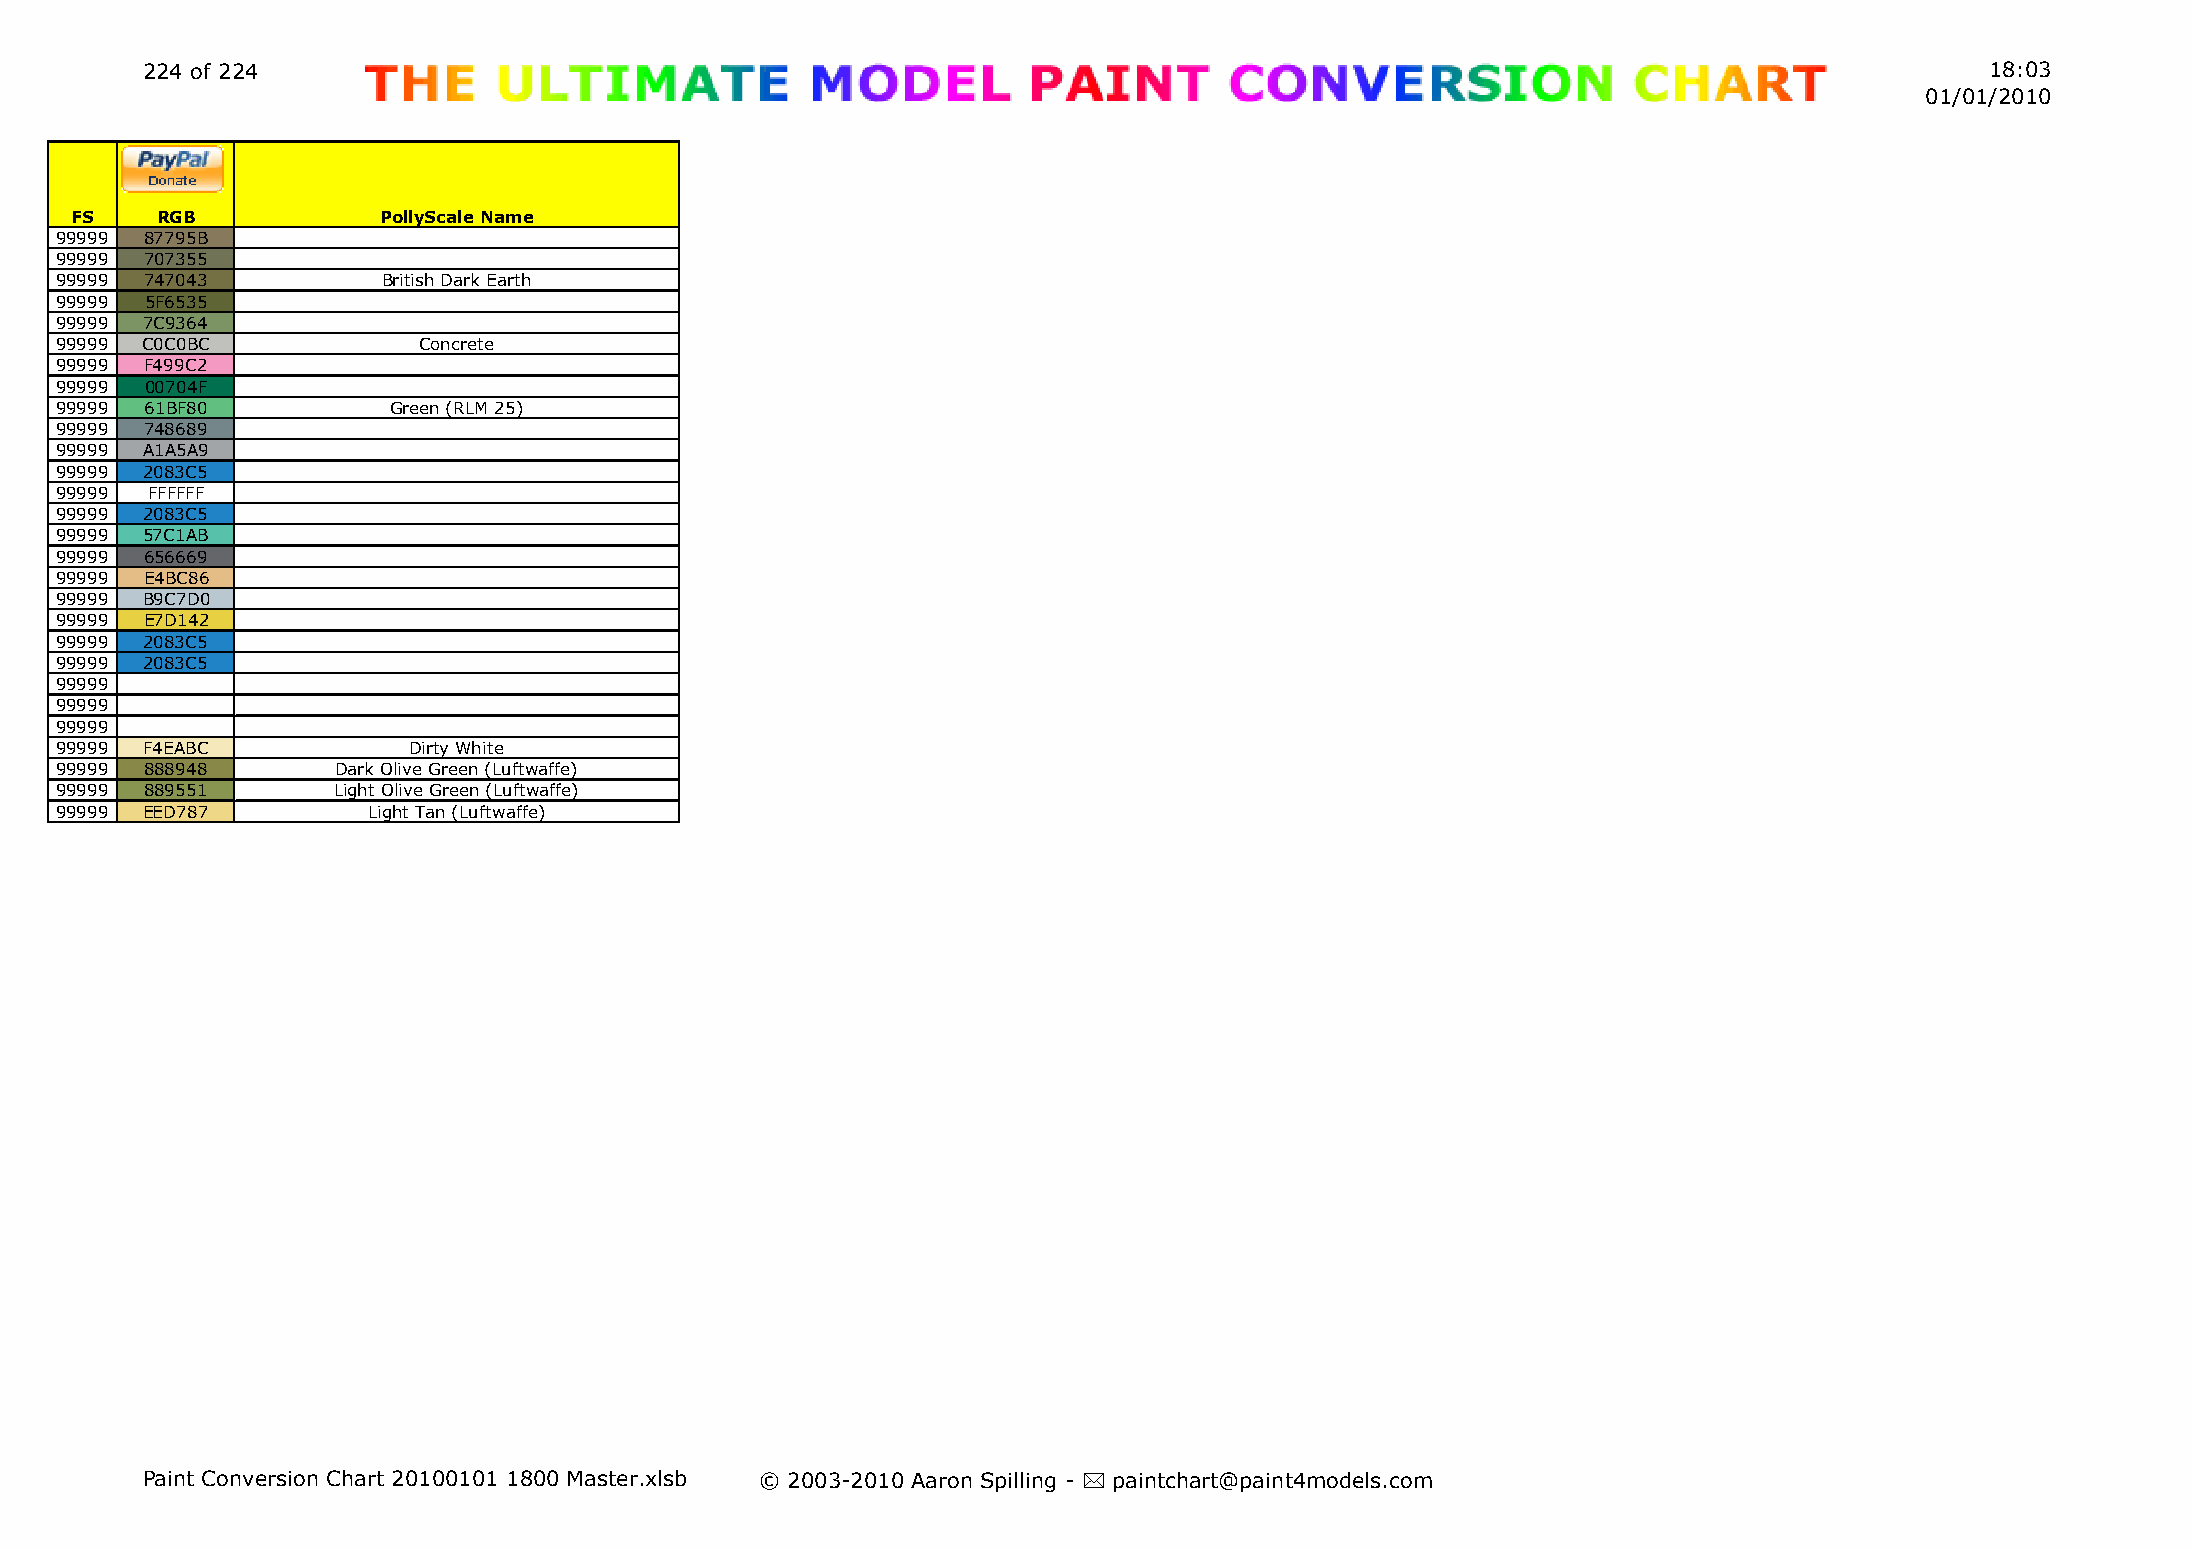
224 of 224                                                                                                                 18:03
 01/01/2010
 FS   RGB            PollyScale Name
 99999 87795B
 99999 707355
 99999 747043         British Dark Earth
 99999 5F6535
 99999 7C9364
 99999 C0C0BC            Concrete
 99999 F499C2
 99999 00704F
 99999 61BF80          Green (RLM 25)
 99999 748689
 99999 A1A5A9
 99999 2083C5
 99999 FFFFFF
 99999 2083C5
 99999 57C1AB
 99999 656669
 99999 E4BC86
 99999 B9C7D0
 99999 E7D142
 99999 2083C5
 99999 2083C5
 99999
 99999
 99999
 99999 F4EABC           Dirty White
 99999 888948      Dark Olive Green (Luftwaffe)
 99999 889551      Light Olive Green (Luftwaffe)
 99999 EED787        Light Tan (Luftwaffe)
 Paint Conversion Chart 20100101 1800 Master.xlsb © 2003-2010 Aaron Spilling - * paintchart@paint4models.com